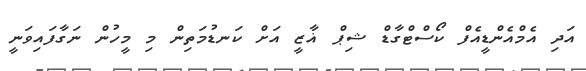
އަދި އެމްއެންޑީއެފް ކޯސްޓްގާޑް ޝިޕް ޣާޒީ އަށް ކަނޑުމަތިން މި މީހުން ނަގާފައިވަނީ